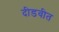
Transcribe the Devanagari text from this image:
दीडवीत